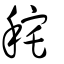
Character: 秺